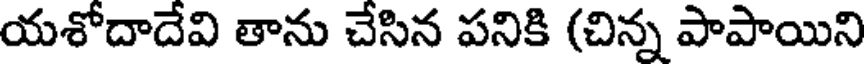
యశోదాదేవి తాను చేసిన పనికి (చిన్న పాపాయిని